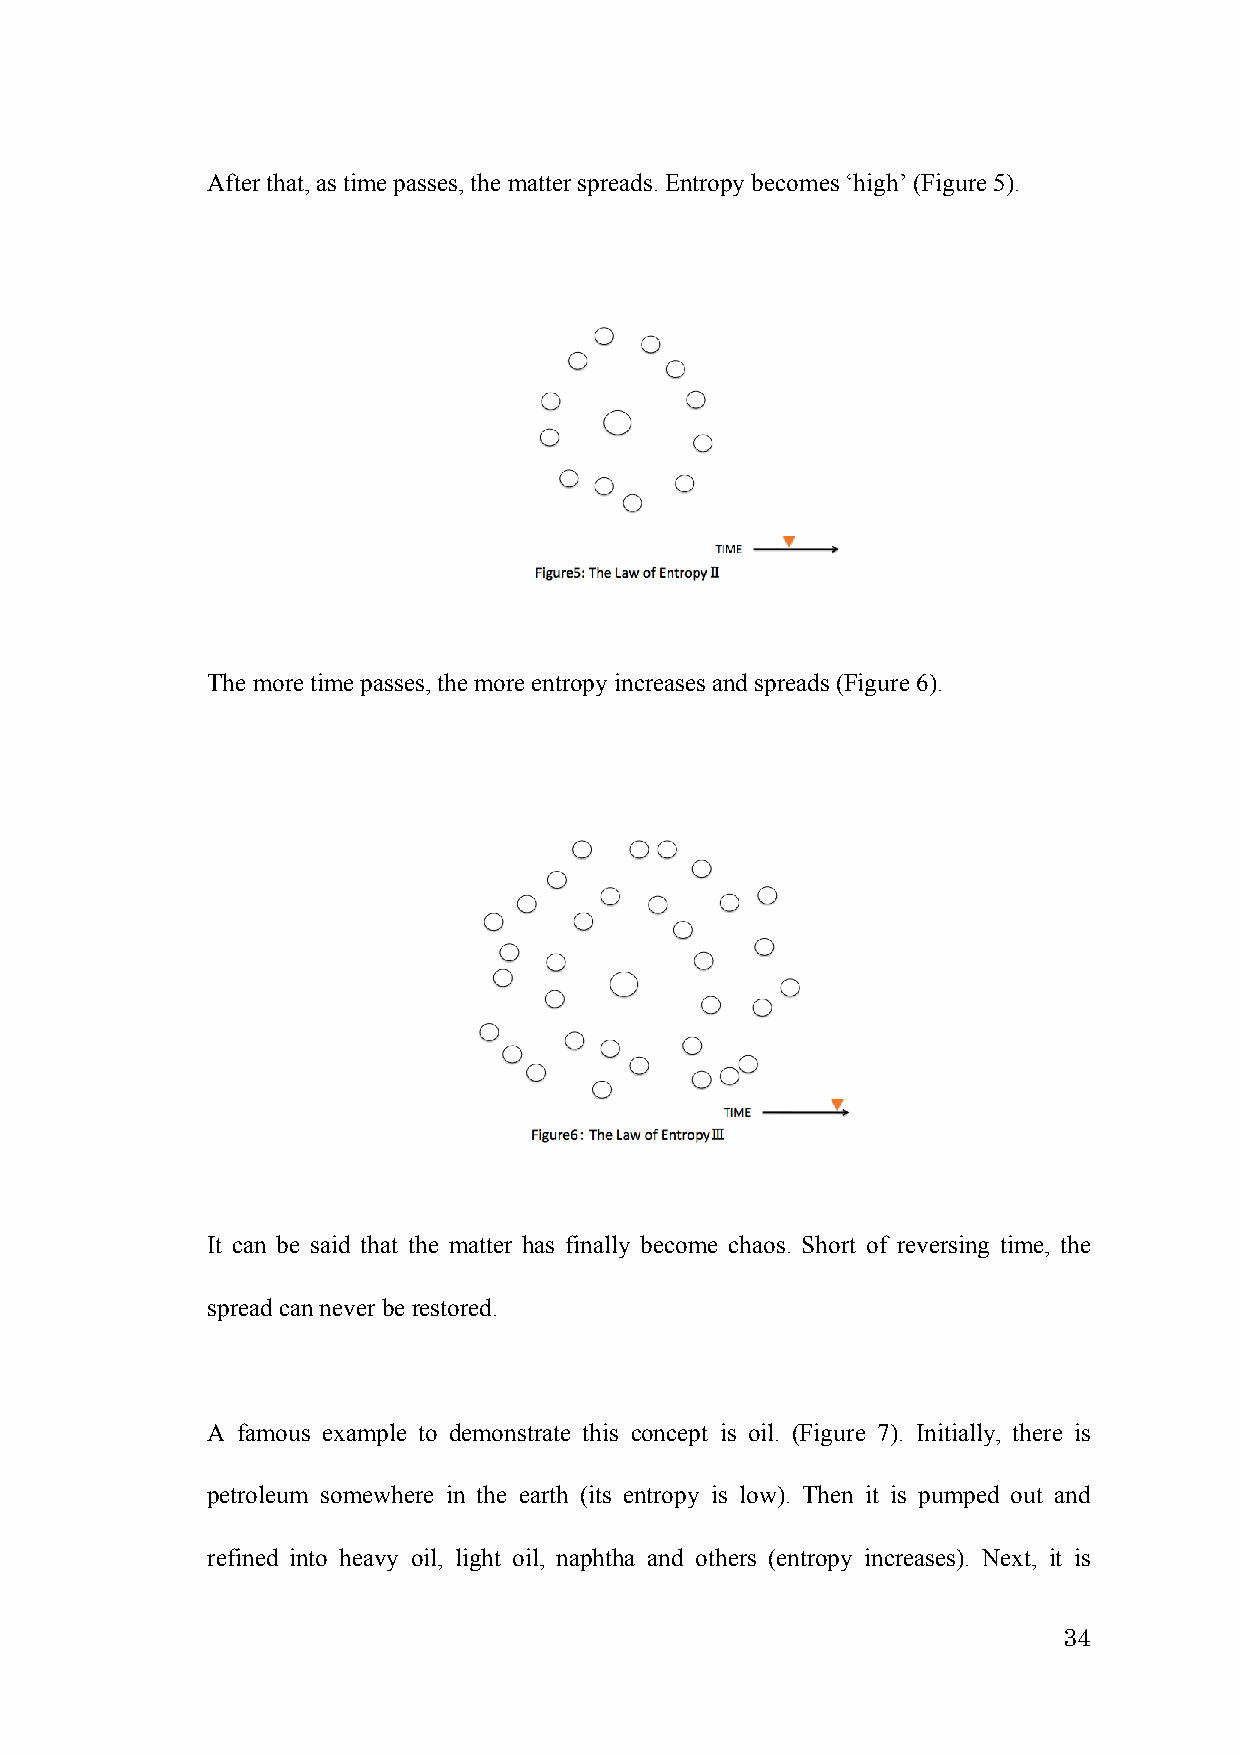
After that, as time passes, the matter spreads. Entropy becomes ‘high’ (Figure 5).
 The more time passes, the more entropy increases and spreads (Figure 6).
 It can be said that the matter has finally become chaos. Short of reversing time, the
 spread can never be restored.
 A famous example to demonstrate this concept is oil. (Figure 7). Initially, there is
 petroleum somewhere in the earth (its entropy is low). Then it is pumped out and
 refined into heavy oil, light oil, naphtha and others (entropy increases). Next, it is
 34